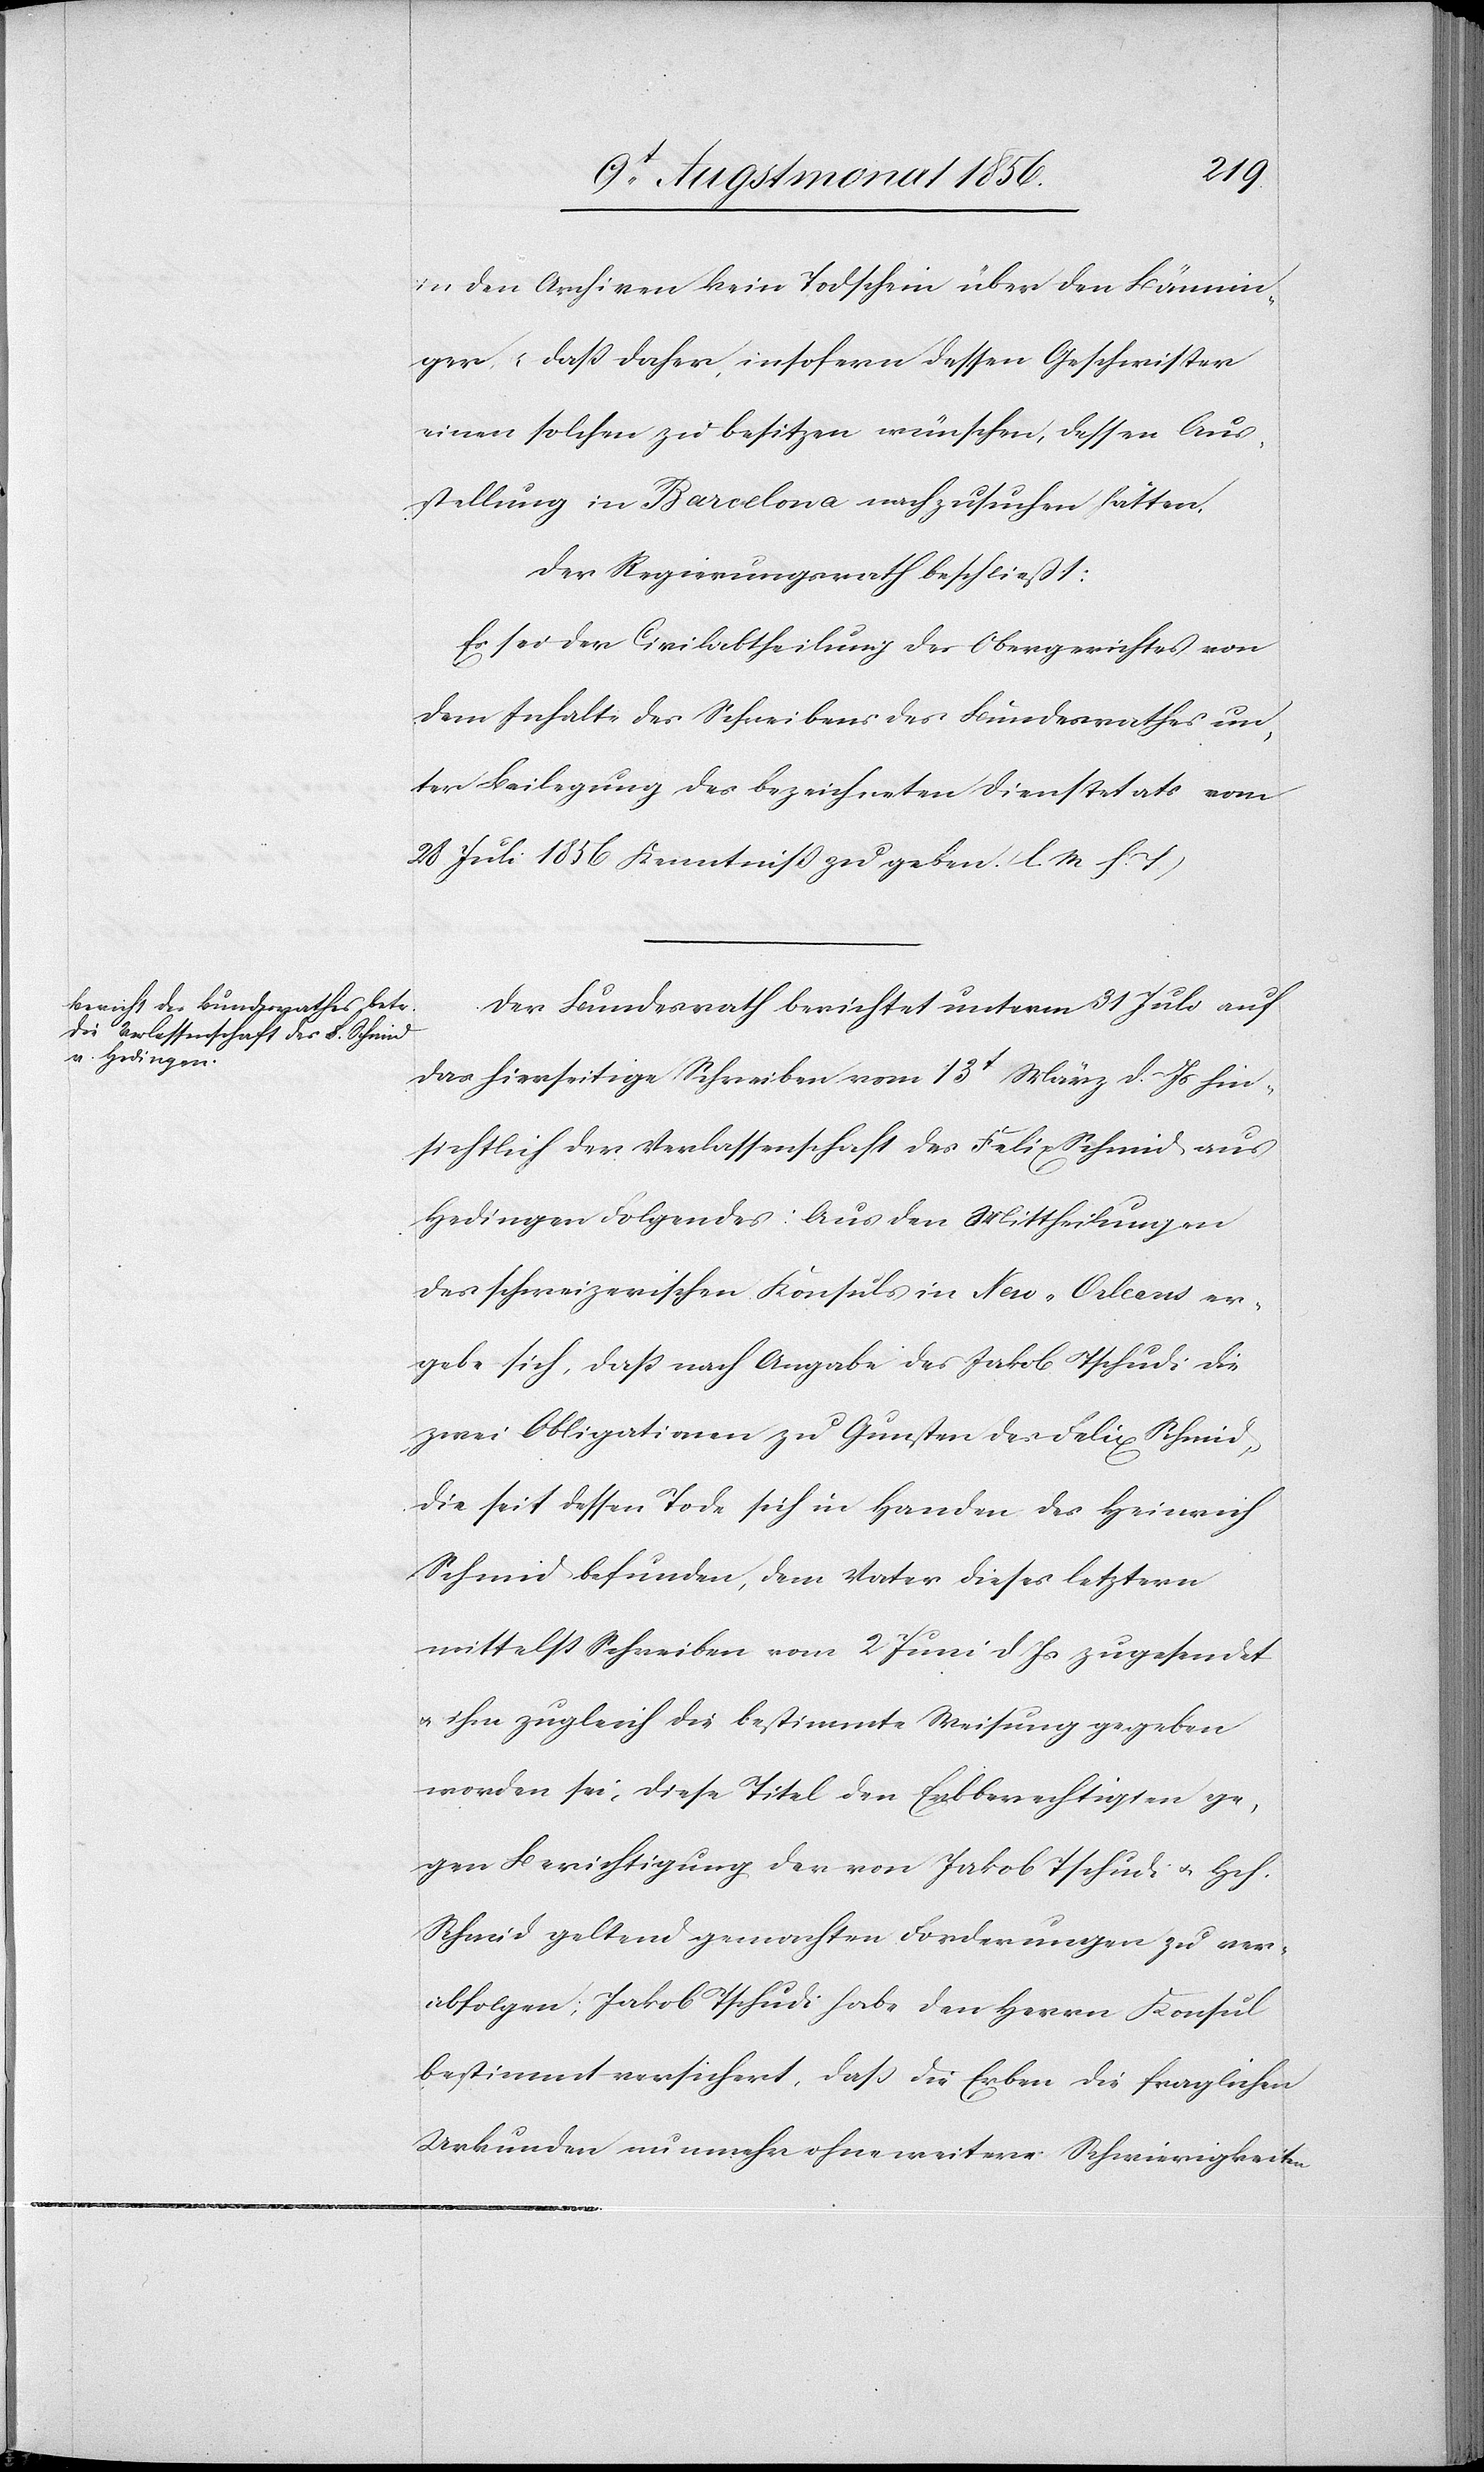
in den Archiven kein Todschein über den Bännin¬
ger u. dass daher, insofern dessen Geschwister
einen solchen zu besitzen wünschen, dessen Aus¬
stellung in Barcelona nachzusuchen hätten.
Der Regierungsrath beschließt:
Es sei der Civilabtheilung des Obergerichtes von
dem Inhalte des Schreibens des Bundesrathes un¬
ter Beilegung des bezeichneten Dienstetats vom
28 Juli 1856 Kenntniss zu geben. (l. M h. T.)
Der Bundesrath berichtet unterm 31 Juli auf
das hierseitige Schreiben vom 13t März d. Js hin¬
sichtlich der Verlassenschaft des Felix Schmid aus
Hedingen Folgendes: Aus den Mittheilungen
des schweizerischen Konsuls in New-Orleans er¬
gebe sich, dass nach Angabe des Jakob Tschudi die
zwei Obligationen zu Gunsten des Felix Schmid,
die seit dessen Tode sich in Handen des Heinrich
Schmid befunden, dem Vater dieses letztern
mittelst Schreiben vom 2 Juni d. Js zugesendet
u. ihm zugleich die bestimmte Weisung gegeben
worden sei, diese Titel den Erbberechtigten ge¬
gen Berichtigung der von Jakob Tschudi u. Hch.
Schmid geltend gemachten Forderungen zu ver¬
abfolgen; Jakob Tschudi habe den Herrn Konsul
bestimmt versichert, dass die Erben die fraglichen
Urkunden nunmehr ohne weitere Schwierigkeiten